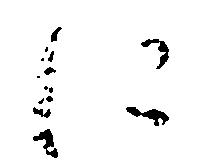
に